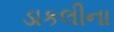
ડાકલીના